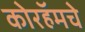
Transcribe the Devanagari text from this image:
कोरहॅमचे